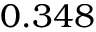
0 . 3 4 8